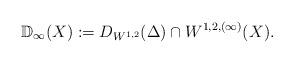
LaTeX: \begin{align*}\mathbb{D}_{\infty}(X) :=D_{W^{1,2}}(\Delta) \cap {W^{1,2,(\infty)} (X)}.\end{align*}